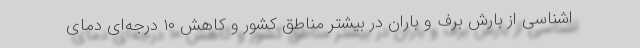
اشناسی از بارش برف و باران در بیشتر مناطق کشور و کاهش ۱۰ درجه‌ای دمای